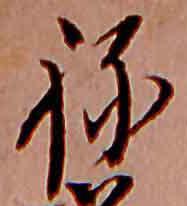
ね